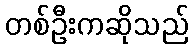
တစ်ဦးကဆိုသည်